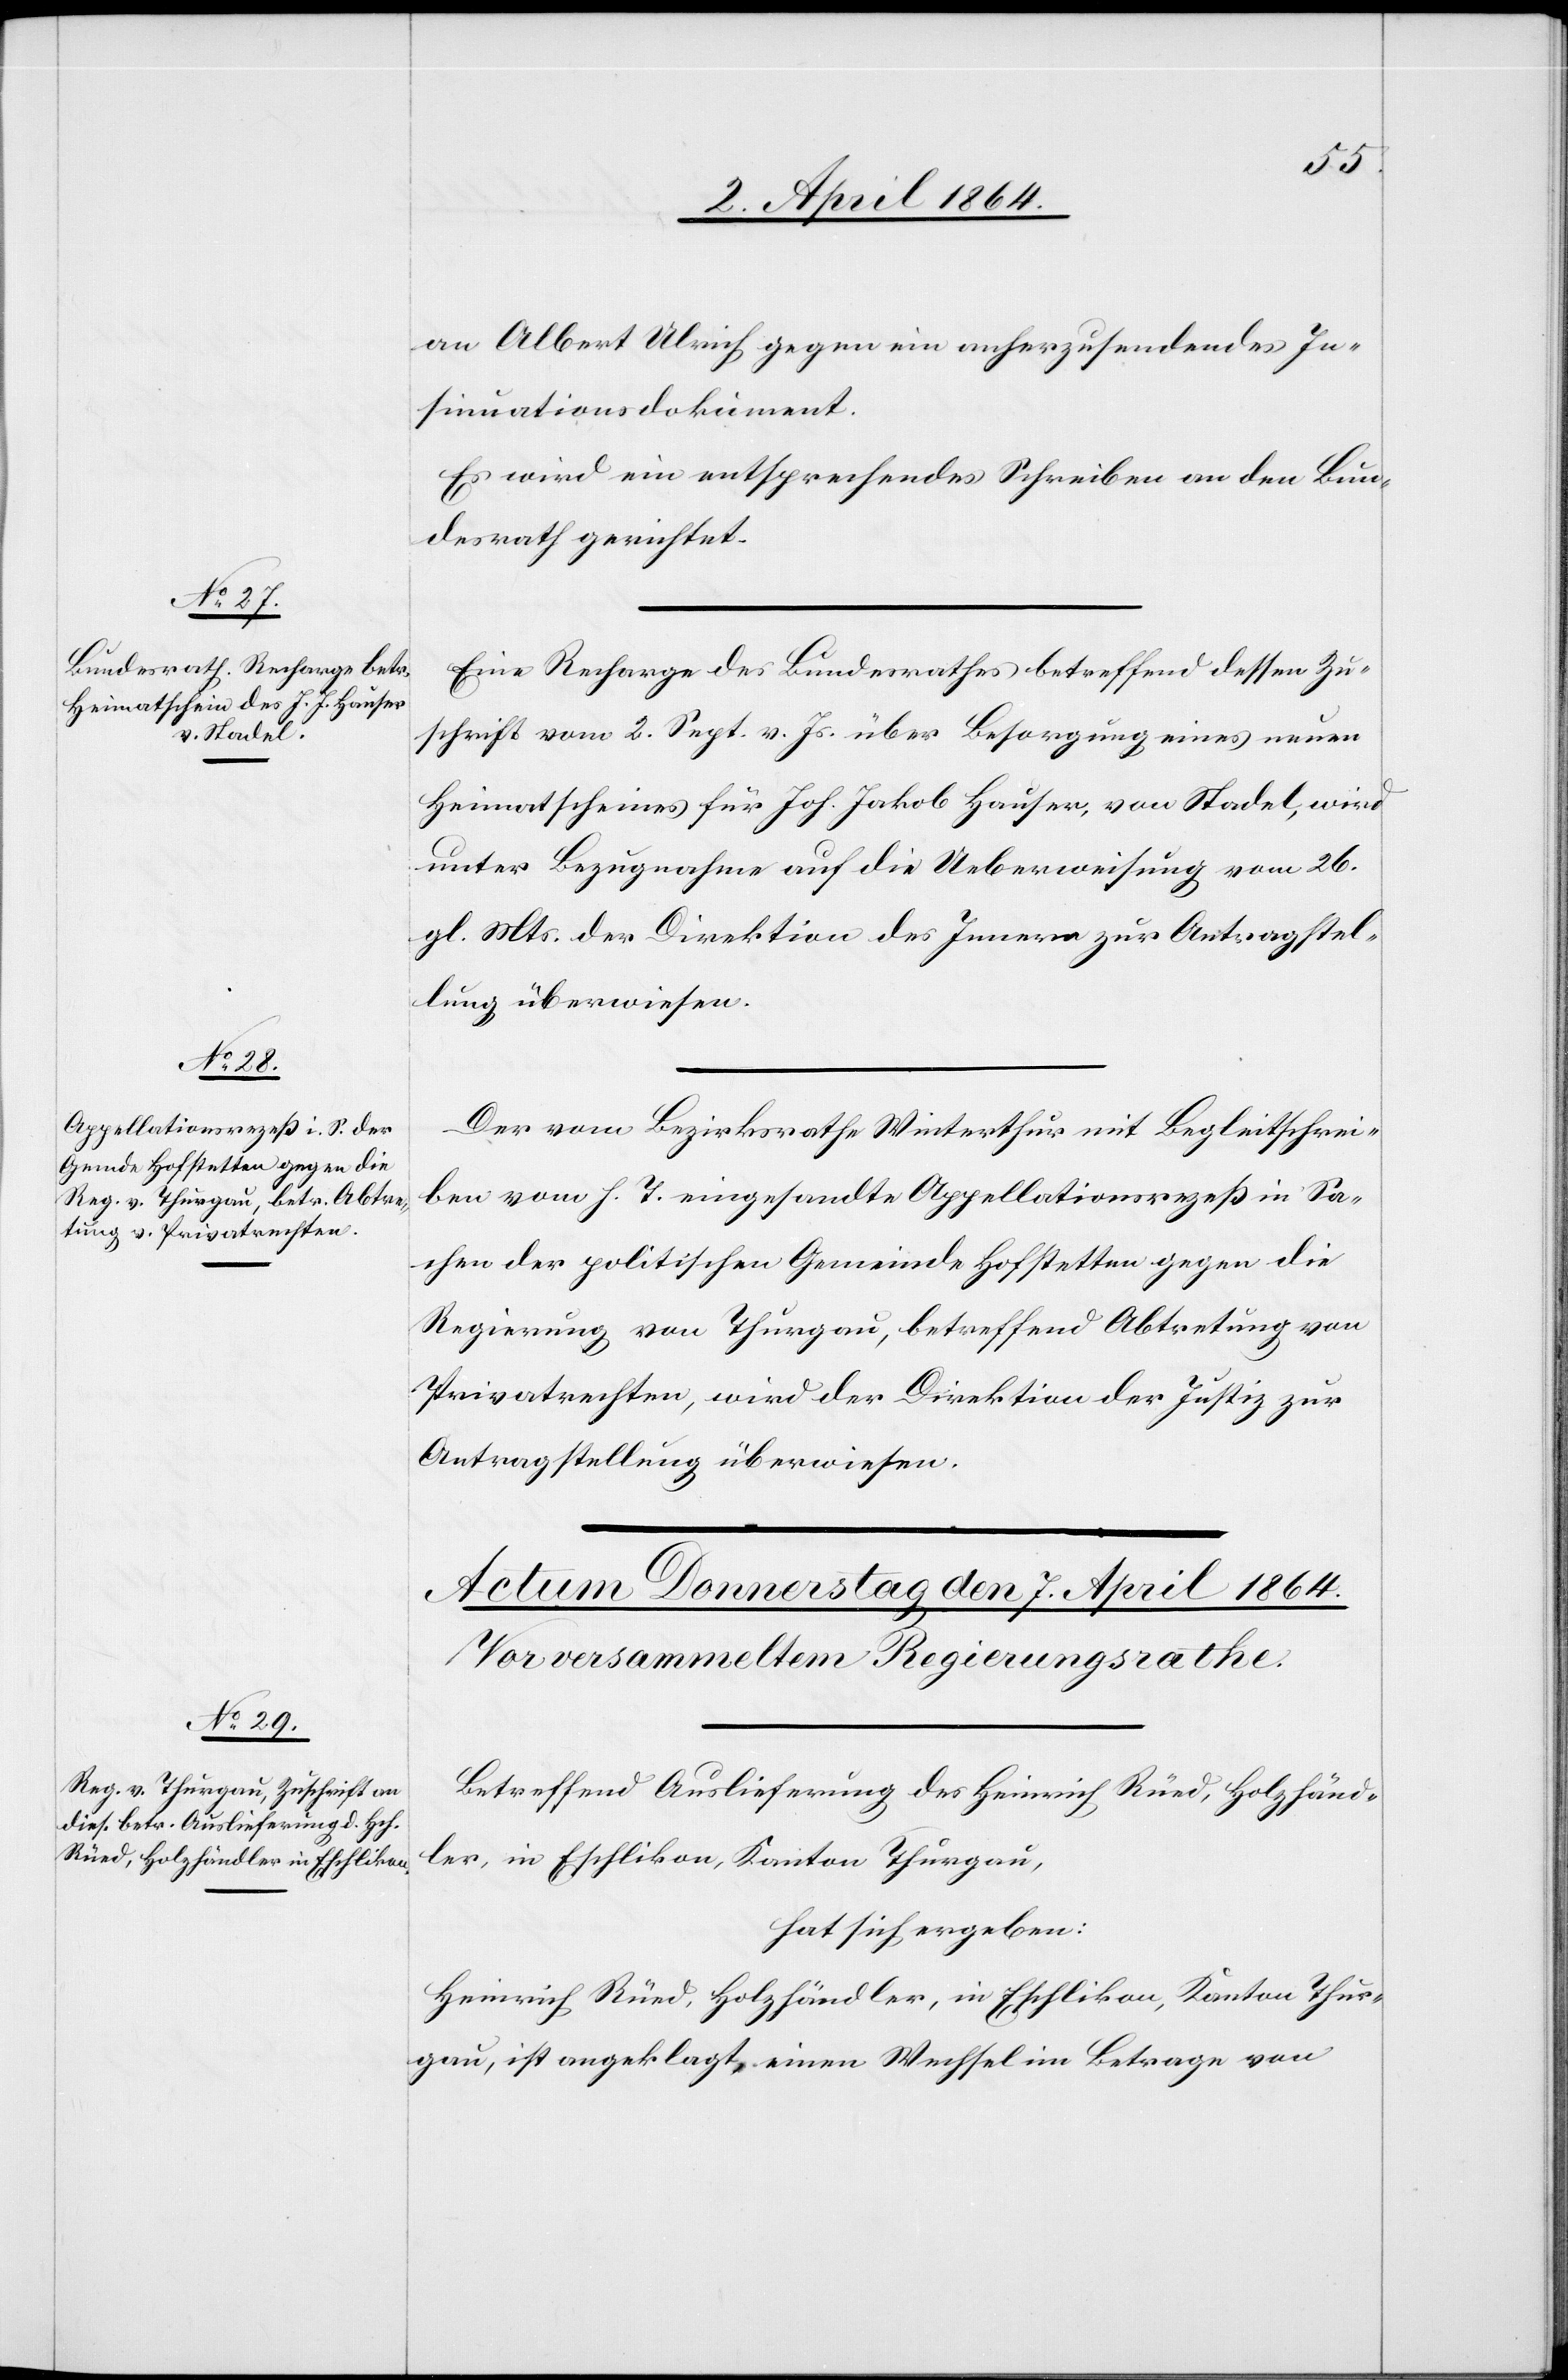
5. April 1864.]
an Albert Ulrich gegen ein anherzusendendes In¬
sinuationsdokument.
Es wird ein entsprechendes Schreiben an den Bun¬
desrath gerichtet.
Eine Recharge des Bundesrathes betreffend dessen Zu¬
schrift vom 2. Sept. v. Js. über Besorgung eines neuen
Heimatscheins für Joh. Jakob Hauser, von Stadel, wird
unter Bezugnahme auf die Ueberweisung vom 26.
gl. Mts. der Direktion des Innern zur Antragstel¬
lung überwiesen.
Der vom Bezirksrathe Winterthur mit Begleitschrei¬
ben vom h. T. eingesandte Appellationsrezeß in Sa¬
chen der politischen Gemeinde Hofstetten gegen die
Regierung von Thurgau, betreffend Abtretung von
Privatrechten, wird der Direktion der Justiz zur
Antragstellung überwiesen.
Betreffend Auslieferung des Heinrich Rüed, Holzhänd¬
ler, in Eschlikon, Kanton Thurgau,
hat sich ergeben:
Heinrich Rüed, Holzhändler, in Eschlikon, Kanton Thur¬
gau, ist angeklagt, einen Wechsel im Betrage von